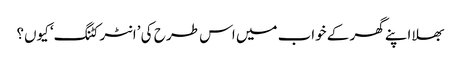
بھلا اپنے گھر کے خواب میں اس طر ح کی ’انٹر کٹنگ‘ کیوں؟